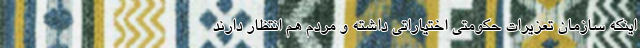
اینکه سازمان تعزیرات حکومتی اختیاراتی داشته و مردم هم انتظار دارند